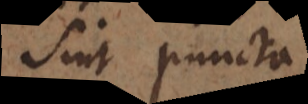
sint puncta